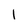
Character: I